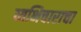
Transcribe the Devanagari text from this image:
व्यभिचाराचा